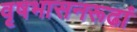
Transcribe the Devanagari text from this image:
वृषभासनरूढां